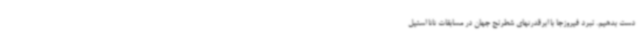
دست بدهیم. نبرد فیروزجا با ابرقدرتهای شطرنج جهان در مسابقات تاتا استیل